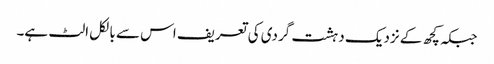
جبکہ کچھ کے نزدیک دہشت گردی کی تعریف اس سے بالکل الٹ ہے۔